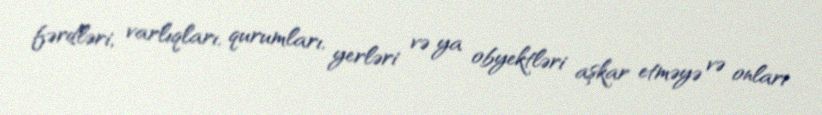
fərdləri, varlıqları, qurumları, yerləri və ya obyektləri aşkar etməyə və onları